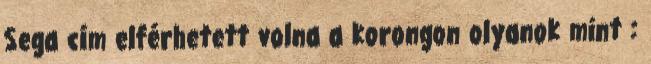
Sega cím elférhetett volna a korongon olyanok mint :